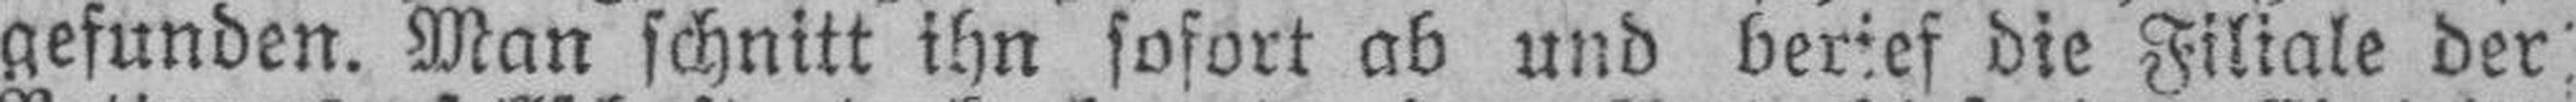
gefunden. Man schnitt ihn sofort ab und berief die Filiale der